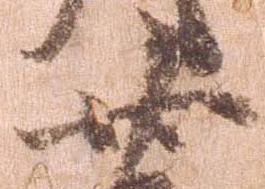
廿